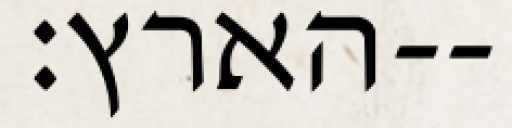
הארץ׃--